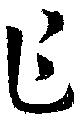
乍